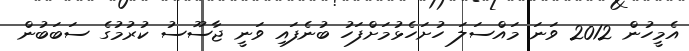
އެމީހުން 2012 ވަނަ މައްސަލަ ހުށަހެޅުމަށްފަހު ބުނެފައި ވަނީ ޖާސޫސު ކުރުމުގެ ސަބަބުން